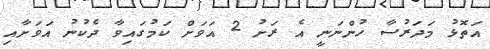
އަތޮޅު މަދަރުސާ ހުންނަނީ އެ ރަށު 2 އަވަށް ކަމުގައިވާ ދެކުނު އަވަށާއި